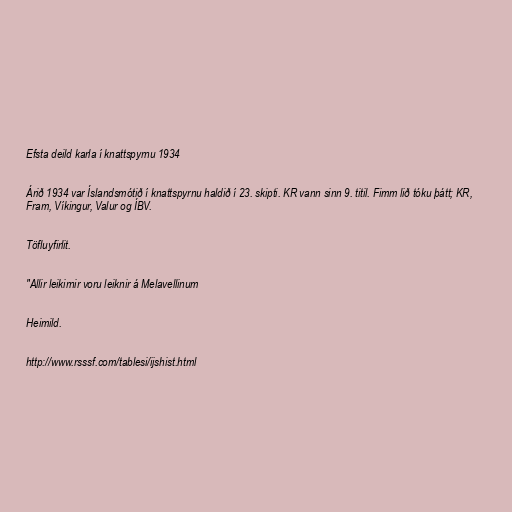
Efsta deild karla í knattspyrnu 1934

Árið 1934 var Íslandsmótið í knattspyrnu haldið í 23. skipti. KR vann sinn 9. titil. Fimm lið tóku þátt; KR,
Fram, Víkingur, Valur og ÍBV.

Töfluyfirlit.

"Allir leikirnir voru leiknir á Melavellinum

Heimild.

http://www.rsssf.com/tablesi/ijshist.html